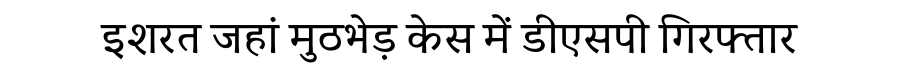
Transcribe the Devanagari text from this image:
इशरत जहां मुठभेड़ केस में डीएसपी गिरफ्तार